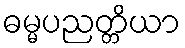
ဓမ္မပညတ္တိယာ